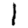
Digit: 1